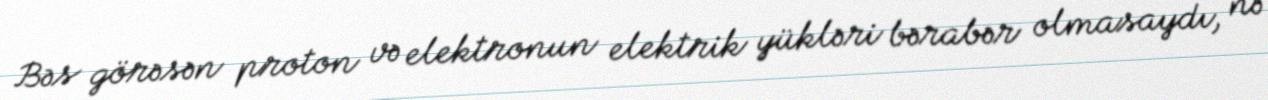
Bəs görəsən proton və elektronun elektrik yükləri bərabər olmasaydı, nə